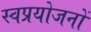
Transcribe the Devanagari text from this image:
स्वप्रयोजनों